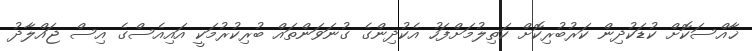
ޚާއްސަކޮށް ކުޑަކުދިން ކަރުބުރިކޮށް ކަތިލުމަށްފަހު އެކުދިންގެ ގުނަވަންތައް ބުރިކުރުމަކީ އައިއެސްގެ އިސް ޖައްލާދު